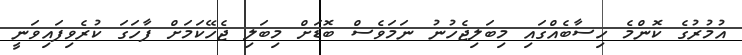
އުމުރުގެ ކޮންމެ ހިސާބެއްގައި މިބަލިޖެހުނު ނަމަވެސް ބޮޑަށް މިބަލި ޖެހޭކަމަށް ފާހަގަ ކުރެވިފައިވަނީ